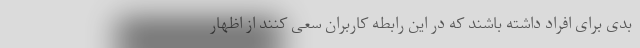
بدی برای افراد داشته باشند که در این رابطه کاربران سعی کنند از اظهار